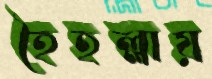
হৈহল্লায়